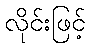
လိုင်းဖြင့်